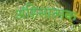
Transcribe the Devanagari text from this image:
अंहिसात्मक